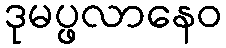
ဒုမပ္ဖလာနေဝ